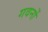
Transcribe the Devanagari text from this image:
गवर्नो